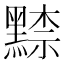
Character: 𪑨